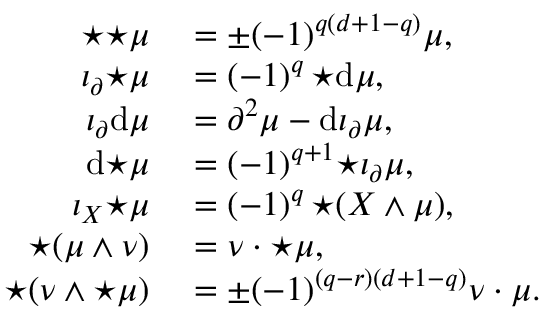
\begin{array} { r l } { { \star { \star \mu } } } & { { } = \pm ( - 1 ) ^ { q ( d + 1 - q ) } \mu , } \\ { \iota _ { \partial } { \star \mu } } & { { } = ( - 1 ) ^ { q } \, { \star \mathrm { d } \mu } , } \\ { \iota _ { \partial } \mathrm { d } \mu } & { { } = \partial ^ { 2 } \mu - \mathrm { d } \iota _ { \partial } \mu , } \\ { \mathrm { d } { \star \mu } } & { { } = ( - 1 ) ^ { q + 1 } { \star { \iota _ { \partial } \mu } } , } \\ { \iota _ { X } { \star \mu } } & { { } = ( - 1 ) ^ { q } \, { \star ( X \wedge \mu ) } , } \\ { { \star ( \mu \wedge \nu ) } } & { { } = \nu \cdot { \star \mu } , } \\ { { \star ( \nu \wedge \star \mu ) } } & { { } = \pm ( - 1 ) ^ { ( q - r ) ( d + 1 - q ) } \nu \cdot \mu . } \end{array}